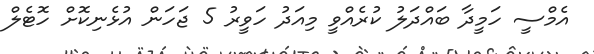
އެމްސީ ހަމީދާ ބައްދަލު ކުރެއްވީ މިއަދު ހަވީރު 5 ޖަހަން އުޅެނިކޮށް ހޮޓެލް